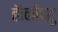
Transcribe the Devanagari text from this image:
हॅाकीपटू